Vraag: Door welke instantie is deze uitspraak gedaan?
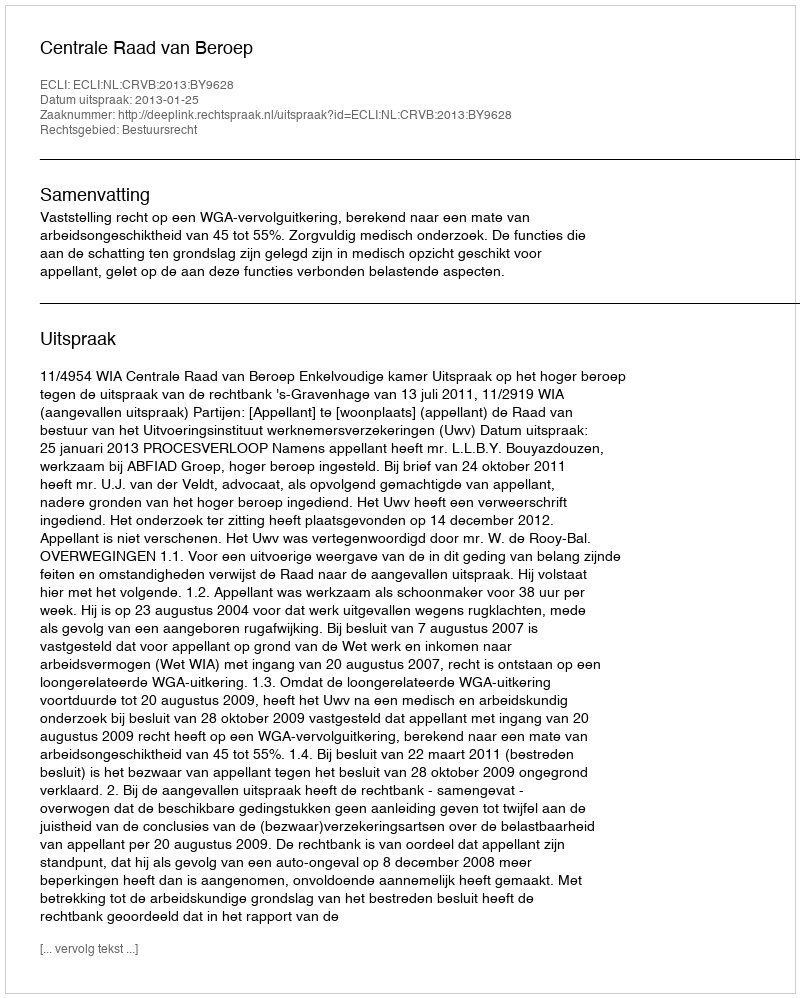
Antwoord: Centrale Raad van Beroep